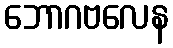
ဘောဂဗလေန